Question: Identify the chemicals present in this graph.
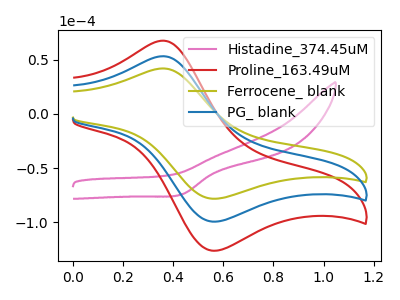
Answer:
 <answer>The pink curve is labeled "Histadine_374.45uM". The red curve is labeled "Proline_163.49uM". The olive curve is labeled "Ferrocene_ blank". The blue curve is labeled "PG_ blank".</answer>
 <eval></eval>